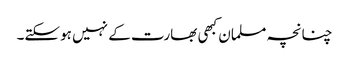
چنانچہ مسلمان کبھی بھارت کے نہیں ہوسکتے۔